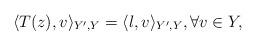
LaTeX: \begin{align*} \langle T(z) ,v \rangle_{Y',Y} = \langle l,v \rangle_{Y',Y},\forall v \in Y, \end{align*}